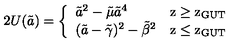
2 U ( \tilde { a } ) = \left\{ \begin{array} { l l } { { \tilde { a } } ^ { 2 } - { \tilde { \mu } } { \tilde { a } } ^ { 4 } \ } & { \mathrm { z \geq z _ { G U T } } } \\ { ( \tilde { a } - { \tilde { \gamma } } ) ^ { 2 } - { \tilde { \beta } } ^ { 2 } } & { \mathrm { z \leq z _ { G U T } } } \\ \end{array} \right.